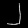
Digit: ၂